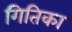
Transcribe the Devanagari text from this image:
गितिका